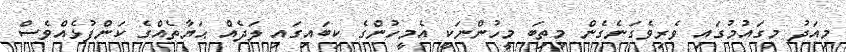
މިއަދު މިގައުމުގައި ވެރިވެގަނެގެން މިތިބަ މީހުންނަކީ އެމީހުންގެ ކިބައިގައި ލަދެއް ޙަޔާތެއްގެ ކަންފުޅެއްވެސް